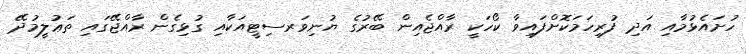
ހުށައެޅުމާއި އަދި ފުރިހަމަކޮށްފައިވާ ކޯހަކީ ރާއްޖެއިން ބޭރުގެ ޔުނިވަރސިޓީއަކާއި ގުޅިގެން ރާއްޖޭގައި ތަޢުލީމުދޭ